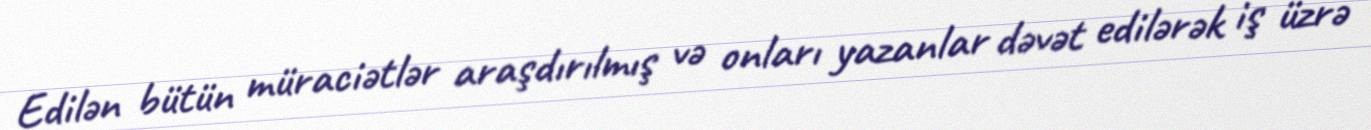
Edilən bütün müraciətlər araşdırılmış və onları yazanlar dəvət edilərək iş üzrə